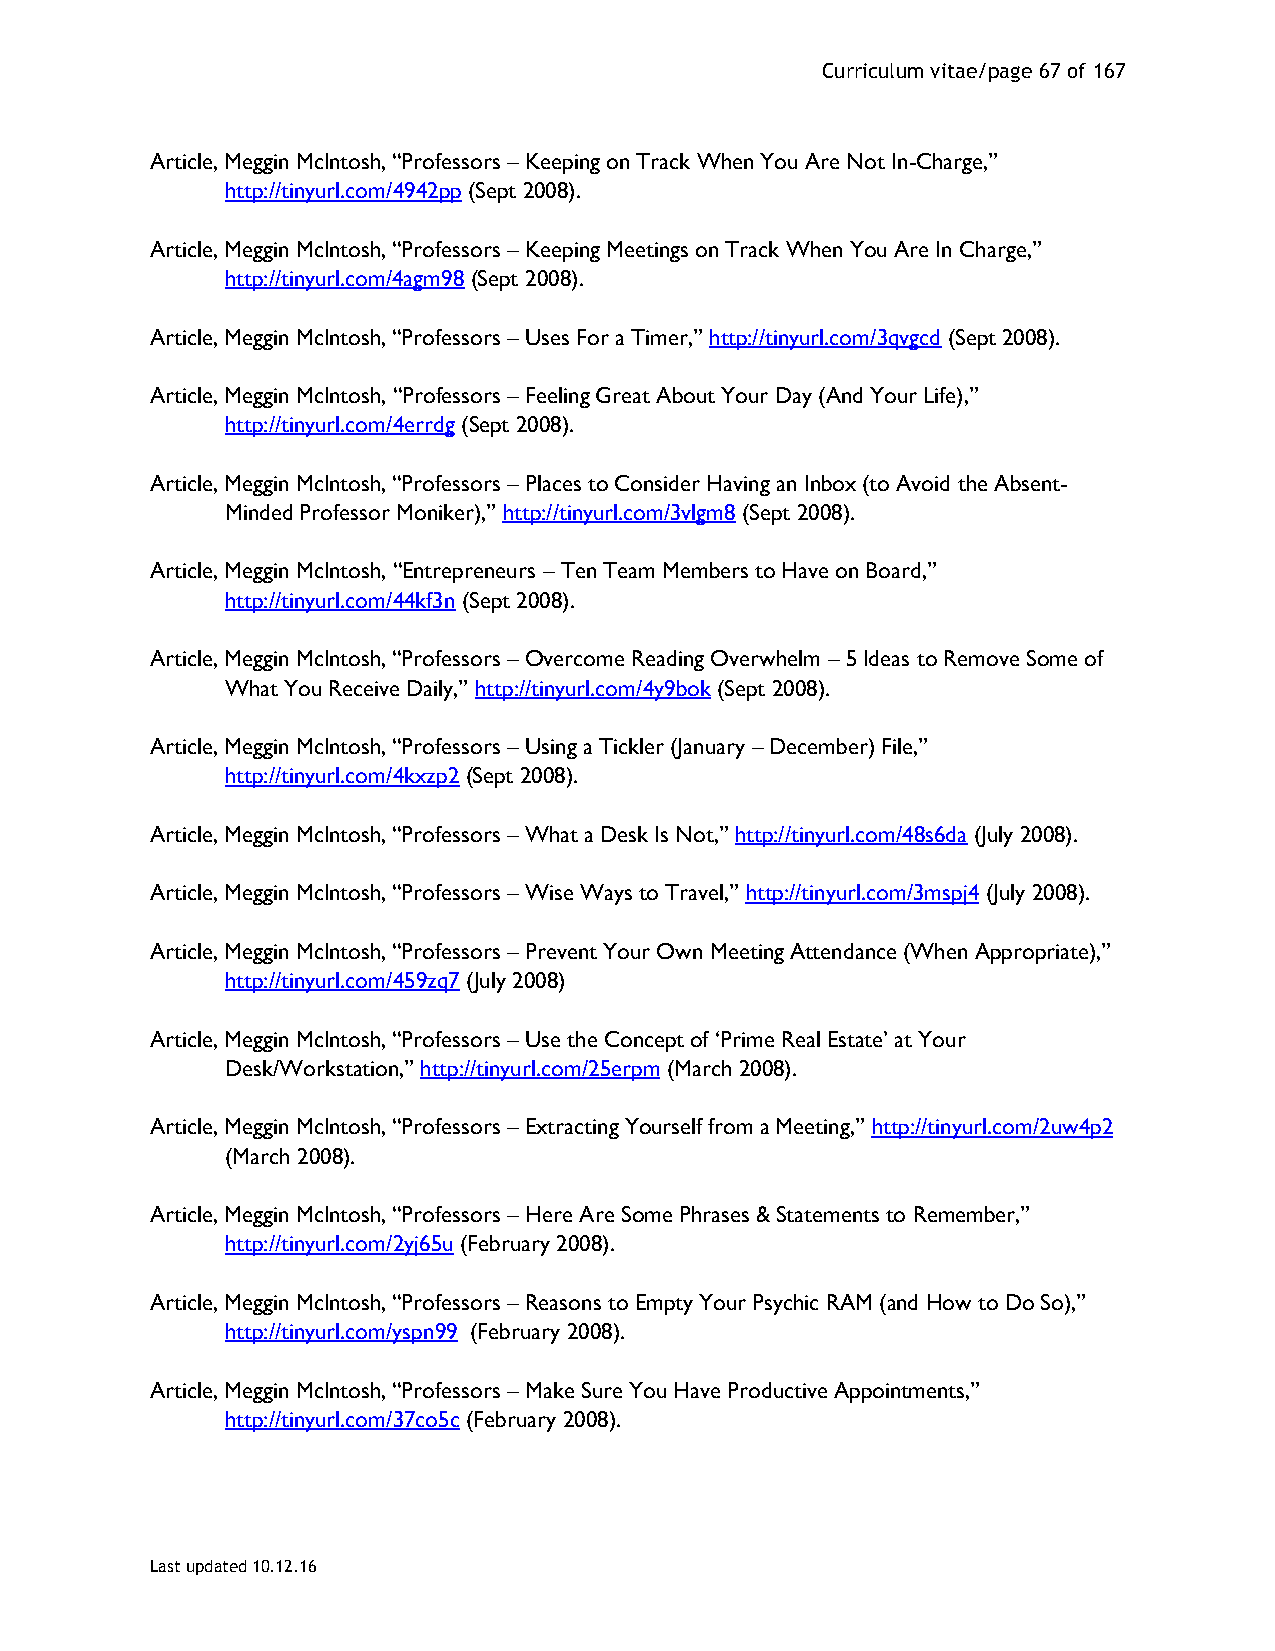
Curriculum vitae/page 67 of 167
 Article, Meggin McIntosh, “Professors – Keeping on Track When You Are Not In-Charge,”
 http://tinyurl.com/4942pp (Sept 2008).
 Article, Meggin McIntosh, “Professors – Keeping Meetings on Track When You Are In Charge,”
 http://tinyurl.com/4agm98 (Sept 2008).
 Article, Meggin McIntosh, “Professors – Uses For a Timer,” http://tinyurl.com/3qvgcd (Sept 2008).
 Article, Meggin McIntosh, “Professors – Feeling Great About Your Day (And Your Life),”
 http://tinyurl.com/4errdg (Sept 2008).
 Article, Meggin McIntosh, “Professors – Places to Consider Having an Inbox (to Avoid the Absent-
 Minded Professor Moniker),” http://tinyurl.com/3vlgm8 (Sept 2008).
 Article, Meggin McIntosh, “Entrepreneurs – Ten Team Members to Have on Board,”
 http://tinyurl.com/44kf3n (Sept 2008).
 Article, Meggin McIntosh, “Professors – Overcome Reading Overwhelm – 5 Ideas to Remove Some of
 What You Receive Daily,” http://tinyurl.com/4y9bok (Sept 2008).
 Article, Meggin McIntosh, “Professors – Using a Tickler (January – December) File,”
 http://tinyurl.com/4kxzp2 (Sept 2008).
 Article, Meggin McIntosh, “Professors – What a Desk Is Not,” http://tinyurl.com/48s6da (July 2008).
 Article, Meggin McIntosh, “Professors – Wise Ways to Travel,” http://tinyurl.com/3mspj4 (July 2008).
 Article, Meggin McIntosh, “Professors – Prevent Your Own Meeting Attendance (When Appropriate),”
 http://tinyurl.com/459zq7 (July 2008)
 Article, Meggin McIntosh, “Professors – Use the Concept of ‘Prime Real Estate’ at Your
 Desk/Workstation,” http://tinyurl.com/25erpm (March 2008).
 Article, Meggin McIntosh, “Professors – Extracting Yourself from a Meeting,” http://tinyurl.com/2uw4p2
 (March 2008).
 Article, Meggin McIntosh, “Professors – Here Are Some Phrases & Statements to Remember,”
 http://tinyurl.com/2yj65u (February 2008).
 Article, Meggin McIntosh, “Professors – Reasons to Empty Your Psychic RAM (and How to Do So),”
 http://tinyurl.com/yspn99 (February 2008).
 Article, Meggin McIntosh, “Professors – Make Sure You Have Productive Appointments,”
 http://tinyurl.com/37co5c (February 2008).
 Last updated 10.12.16